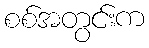
စစ်အတွင်းက